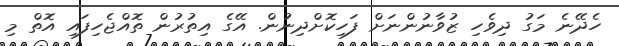
ހެދޭނެ މަގު ދިވެހި ޒުވާނުންނަށް ފަހިކޮށްދިނުން. އޭގެ އިތުރުން ތޮއްޖެހިފައި އޮތް މި